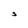
Character: S